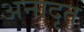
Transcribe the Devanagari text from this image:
अनादृत